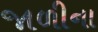
જાળીના